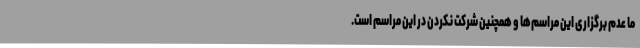
ما عدم برگزاری این مراسم‌ها و همچنین شرکت نکردن در این مراسم است.